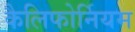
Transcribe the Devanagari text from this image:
कैलिफोर्नियम